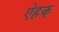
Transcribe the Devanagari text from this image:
ऐहक